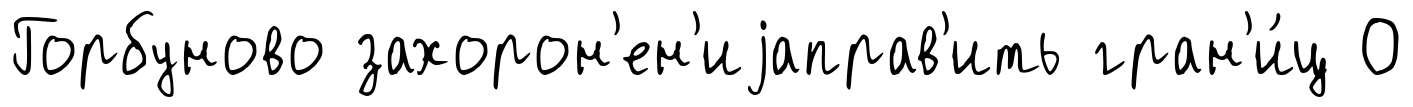
Горбуново захорон'ен'иjаправ'ить гран'и́ц О